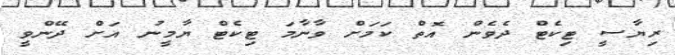
ރިޔާސީ ޓިކެޓް ދެވެން އޮތް ކަމަށް ވާނާމަ ޓިކެޓް ޔާމީނު އަށް ދޭންވީ